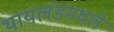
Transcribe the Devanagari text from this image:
थायलंडमधले